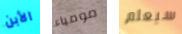
الأبن مومياء سيعلم